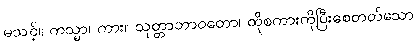
မသင့်။ ကသ္မာ၊ ကား။ သုတ္တာဘာဝတော၊ ထိုစကားကိုပြီးစေတတ်သော